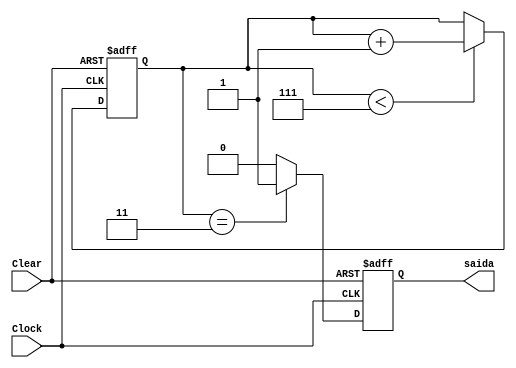
module contador_7_n_reciclavel( 
    input wire Clock, Clear,
    output reg saida);

    reg [2:0] contador = 0;
/*
Como clear  ativo em nvel alto,  preciso verificar tambm quando sua borda positiva chega,
alm de ser necessrio verificar o contador toda vez que a borda positiva do clock chega.
O contador recebe como entrada o clock e o clear, que vem do codificador e  ativado quando 
algum tecla algum dgito.

Alm disso, ele d um atraso de 40 ms para evitar trepidao quando algum clicar em alguma tecla.
Esse valor de 40 ms para tornar a sada positiva  dado na verificao "if(contador == 3)". Aqui,
 verificado se contador  igual a 3 porque ele est em um bloco sequencial, ento contador ser
incrementado para 4 na execuo em que contador=3. 
*/ 
    always @(posedge Clock or posedge Clear) 
    begin
        if(Clear) begin
            saida <= 0;
            contador = 0;
        end
        else begin
            if(contador < 7) 
                contador <= contador + 1;
            if(contador == 3) 
                saida <=  1;
            else 
                saida <= 0;
        end
    end
endmodule